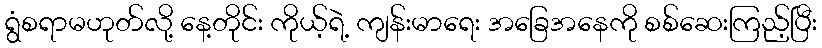
ရွံစရာမဟုတ်လို့ နေ့တိုင်း ကိုယ့်ရဲ့ ကျန်းမာရေး အခြေအနေကို စစ်ဆေးကြည့်ပြီး